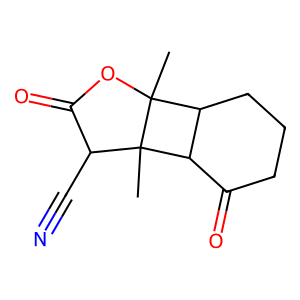
SMILES: CC12OC(=O)C(C#N)C1(C)C1C(=O)CCCC12
Inhibits HIV replication: No